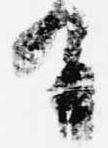
有